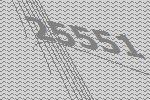
25551